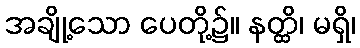
အချို့သော ပေတို့၌။ နတ္ထိ၊ မရှိ၊